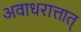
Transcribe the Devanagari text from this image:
अवाधरात्तात्